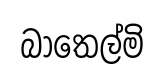
බාතෙල්මි